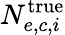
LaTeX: N_{e,c,i}^{\mathrm{true}}